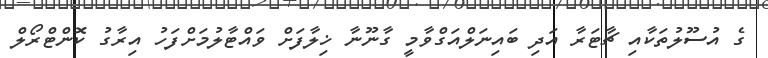
ގެ އުސޫލުތަކާއި ޗާޓަރާ އަދި ބައިނަލްއަގްވާމީ ގާނޫނާ ޚިލާފަށް ވައްޓާލުމަށްފަހު އިރާގު ކޮންޓްރޯލް